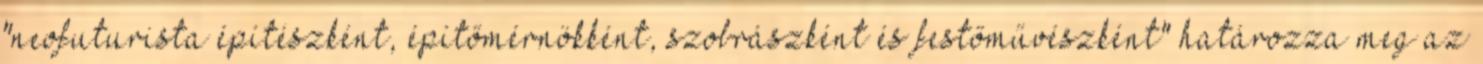
"neofuturista építészként, építőmérnökként, szobrászként és festőművészként" határozza meg az